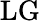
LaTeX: {\mathrm{LG}}